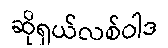
ဆိုရှယ်လစ်ဝါဒ